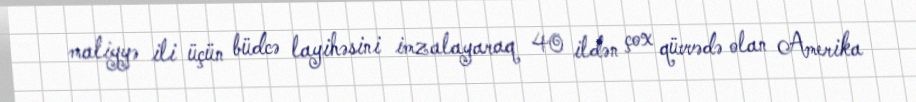
maliyyə ili üçün büdcə layihəsini imzalayaraq 40 ildən çox qüvvədə olan Amerika